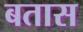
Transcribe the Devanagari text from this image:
बतास